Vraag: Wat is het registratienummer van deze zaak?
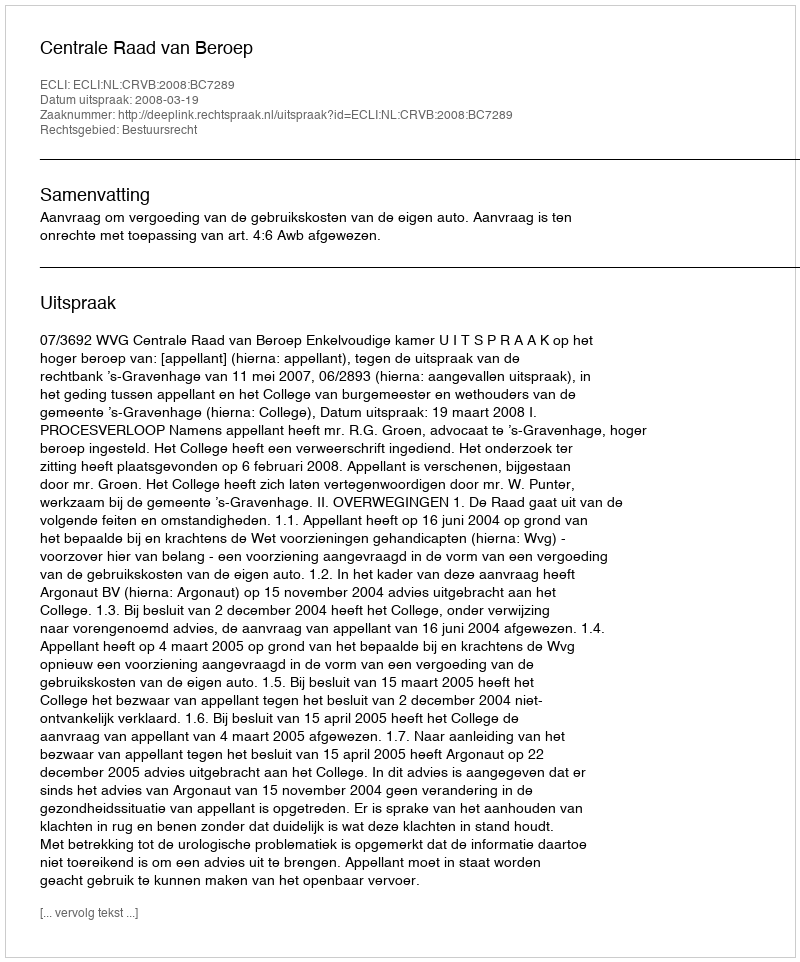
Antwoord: http://deeplink.rechtspraak.nl/uitspraak?id=ECLI:NL:CRVB:2008:BC7289